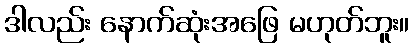
ဒါလည်း နောက်ဆုံးအဖြေ မဟုတ်ဘူး။